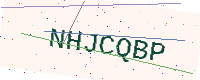
Text: NHJCQBP